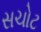
સચોટ